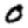
Digit: 0